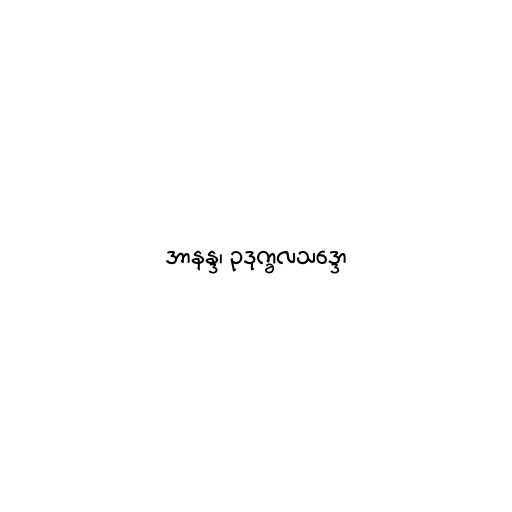
အာနန္ဒ၊ ဥဒုက္ခလသဒ္ဒော